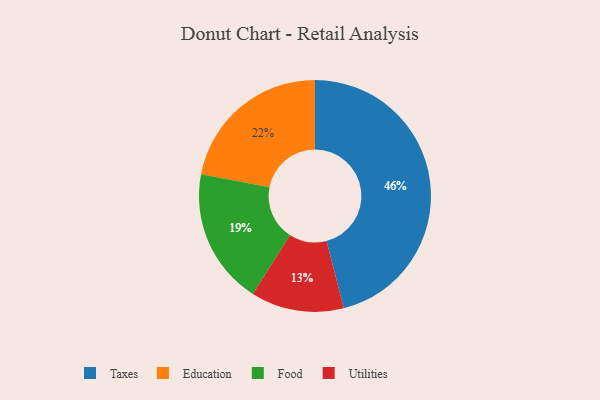
{"axis": {"x": "Category", "y": "Percentage"}, "legend": ["Education", "Food", "Taxes", "Utilities"], "data": [{"x": "Food", "y": 19, "type": "Food"}, {"x": "Utilities", "y": 13, "type": "Utilities"}, {"x": "Taxes", "y": 46, "type": "Taxes"}, {"x": "Education", "y": 22, "type": "Education"}]}